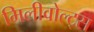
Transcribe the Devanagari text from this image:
मिलीवोल्ट्स